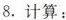
8.计算：